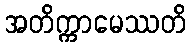
အတိက္ကာမေဿတိ